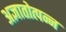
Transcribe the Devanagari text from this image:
अज्ञातोत्पन्न